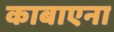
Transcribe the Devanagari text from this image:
काबाएना